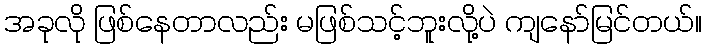
အခုလို ဖြစ်နေတာလည်း မဖြစ်သင့်ဘူးလို့ပဲ ကျနော်မြင်တယ်။